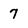
Character: 7